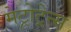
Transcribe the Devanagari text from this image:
मेट्रोट्रेन्स